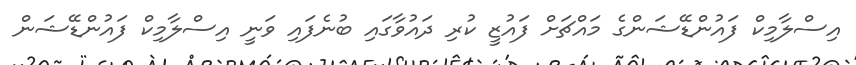
އިސްލާމިކް ފައުންޑޭޝަންގެ މައްޗަށް ފައުޒީ ކުރި ދައުވާގައި ބުނެފައި ވަނީ އިސްލާމިކް ފައުންޑޭޝަން